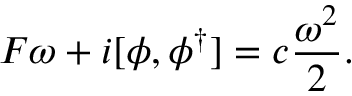
F \omega + i [ \phi , \phi ^ { \dagger } ] = c \frac { \omega ^ { 2 } } 2 .